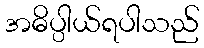
အဓိပ္ပါယ်ရပါသည်